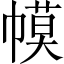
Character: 幙